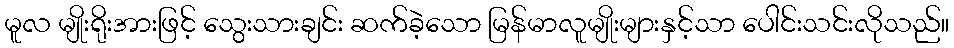
မူလ မျိုးရိုးအားဖြင့် သွေးသားချင်း ဆက်ခဲ့သော မြန်မာလူမျိုးများနှင့်သာ ပေါင်းသင်းလိုသည်။